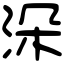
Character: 𣳼